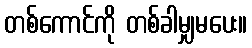
တစ်ကောင်ကို တစ်ခါမျှမပေး။